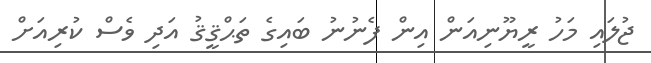
ޖުލައި މަހު ރީޔޫނިއަން އިން ފެނުނު ބައިގެ ތަޙްޤީޤު އަދި ވެސް ކުރިއަށް